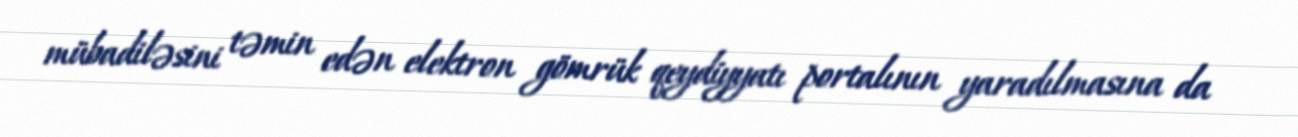
mübadiləsini təmin edən elektron gömrük qeydiyyatı portalının yaradılmasına da